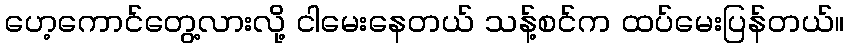
ဟေ့ကောင်တွေ့လားလို့ ငါမေးနေတယ် သန့်စင်က ထပ်မေးပြန်တယ်။